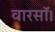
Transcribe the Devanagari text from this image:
वारसॉ।